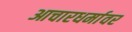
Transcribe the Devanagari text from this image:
आचारधर्मावर